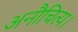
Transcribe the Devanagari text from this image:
अनौचित्य।